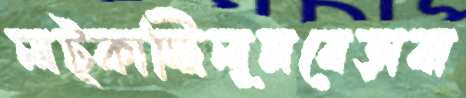
লট্‌কাচ্ছিলুমবেড়াবা